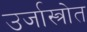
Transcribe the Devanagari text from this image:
उर्जास्त्रोत